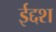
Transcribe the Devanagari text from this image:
ईद्दश